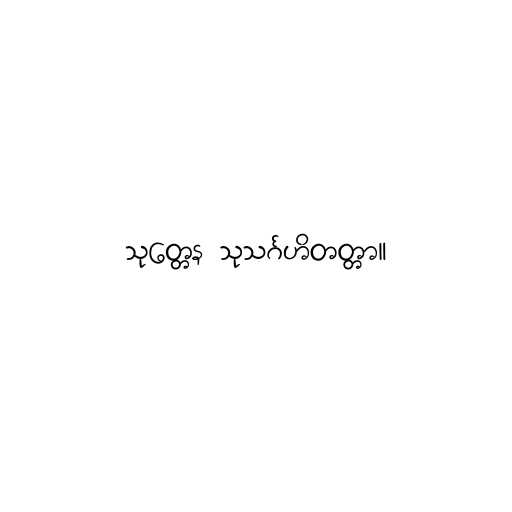
သုတ္တေန သုသင်္ဂဟိတတ္တာ။